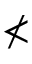
\nless